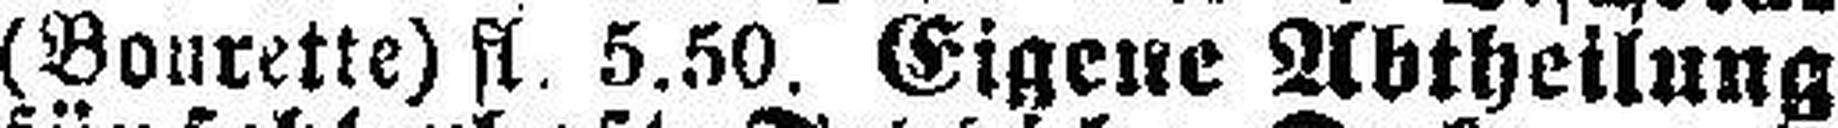
(Bourette) fl. 5.50. Eigene Abtheilung